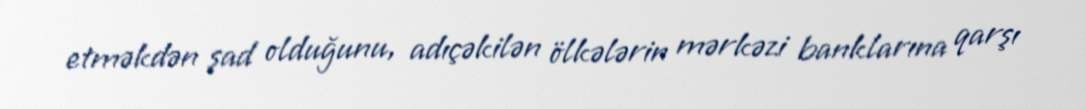
etməkdən şad olduğunu, adıçəkilən ölkələrin mərkəzi banklarına qarşı